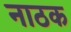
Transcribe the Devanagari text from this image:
नाठक